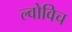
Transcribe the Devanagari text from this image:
ल्वोविच